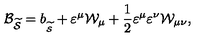
{ \cal B } _ { \widetilde { { \cal S } } } = b _ { _ { \widetilde { { \cal S } } } } + \varepsilon ^ { \mu } { \cal W } _ { \mu } + \frac 1 2 \varepsilon ^ { \mu } \varepsilon ^ { \nu } { \cal W } _ { \mu \nu } ,